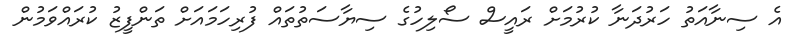
އެ ސިނާއަތު ހަރުދަނާ ކުރުމަށް ރައީސް ސޯލިހުގެ ސިޔާސަތުތައް ފުރިހަމައަށް ތަންފީޒު ކުރައްވަމުން